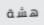
هشة